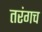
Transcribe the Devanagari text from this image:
तरंगच